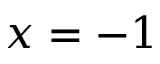
x = - 1